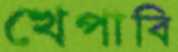
খেপাবি